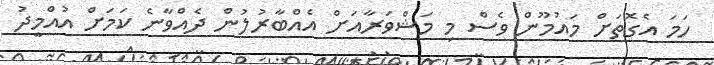
ހަމަ އެގޮތަށް މައުމޫން ވެސް މި މަޝްވަރާއަށް އެއްބާރުލުން ދެއްވާނެ ކަމަށް އުއްމީދު